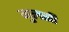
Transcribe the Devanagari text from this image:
मुलसी